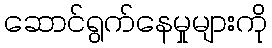
ဆောင်ရွက်နေမှုများကို